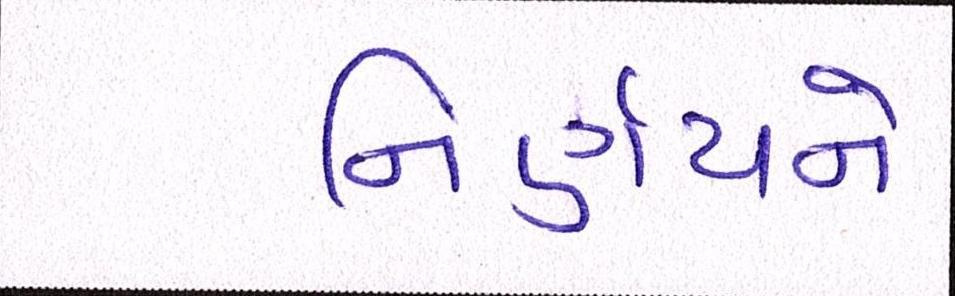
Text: નિર્ણયને